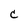
Character: C